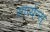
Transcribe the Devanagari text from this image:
साप्येन्स्